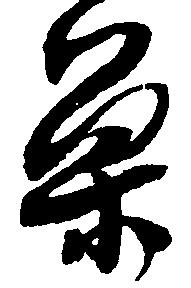
巣